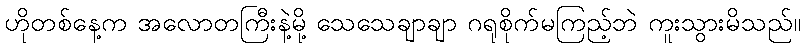
ဟိုတစ်နေ့က အလောတကြီးနဲ့မို့ သေသေချာချာ ဂရုစိုက်မကြည့်ဘဲ ကူးသွားမိသည်။